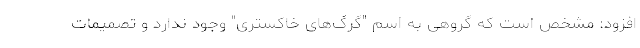
افزود: مشخص است که گروهی به اسم "گرگ‌های خاکستری" وجود ندارد و تصمیمات